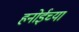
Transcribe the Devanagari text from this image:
हनोईच्या